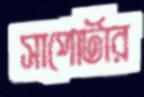
সাপোর্টার